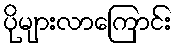
ပိုများလာကြောင်း